Report on lock hospitals in British Burma
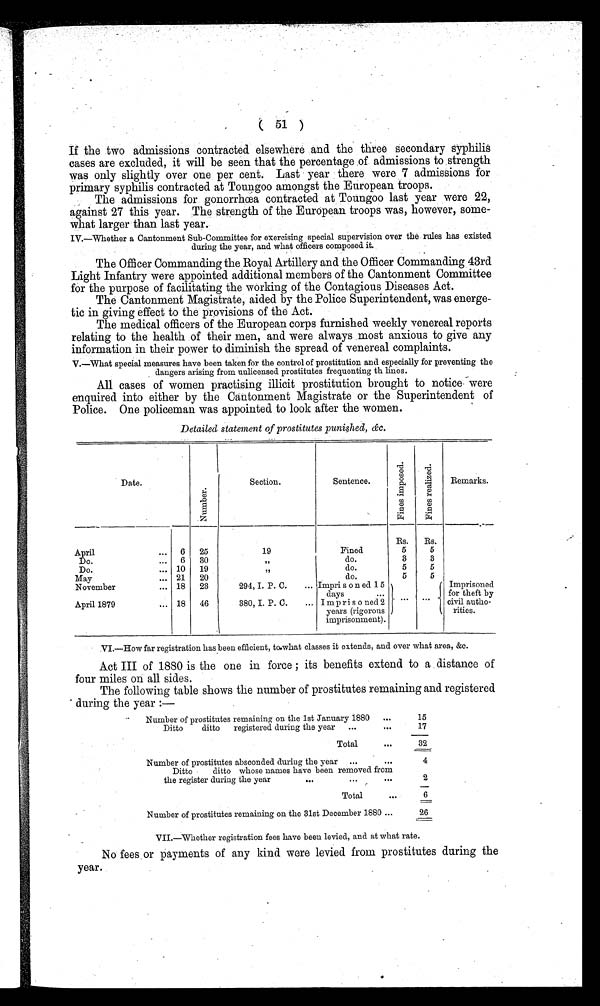
( 51 )
If the two admissions contracted elsewhere and the three secondary syphilis
cases are excluded, it will be seen that the percentage of admissions to strength
was only slightly over one per cent. Last year there were 7 admissions for
primary syphilis contracted at Toungoo amongst the European troops.
The admissions for gonorrhœa contracted at Toungoo last year were 22,
against 27 this year. The strength of the European troops was, however, some-
what larger than last year.
IV.—Whether a Cantonment Sub-Committee for exercising special supervision over the rules has existed
during the year, and what officers composed it.
The Officer Commanding the Royal Artillery and the Officer Commanding 43rd
Light Infantry were appointed additional members of the Cantonment Committee
for the purpose of facilitating the working of the Contagious Diseases Act.
The Cantonment Magistrate, aided by the Police Superintendent, was energe-
tic in giving effect to the provisions of the Act.
The medical officers of the European corps furnished weekly venereal reports
relating to the health of their men, and were always most anxious to give any
information in their power to diminish the spread of venereal complaints.
V.—What special measures have been taken for the control of prostitution and especially for preventing the
dangers arising from unlicensed prostitutes frequenting th lines.
All cases of women practising illicit prostitution brought to notice were
enquired into either by the Cantonment Magistrate or the Superintendent of
Police. One policeman was appointed to look after the women.
Detailed statement of prostitutes punished, &c.
Date.
N u m b e r .
Section.
Sentence.
F i n e s i m p o s e d .
F i n e s r e a l i z e d .
Remarks.
Rs.
Rs.
April
6
25
19
Fined
5
5
Do.
6
30
”
do.
3
3
Do.
10
19
”
do.
5
5
May
21
20
do.
5
5
November
18
23
294, I. P. C.
... Imprisoned. 15
days
. . .
. . .
Imprisoned
for theft by
civil autho-
rities.
April 1879
18
46
380, I. P. C.
... Impr i soned 2
years (rigorous
imprisonment).
VI.—How far registration has been efficient, to what classes it extends, and over what area, &c.
Act III of 1880 is the one in force ; its benefits extend to a distance of
four miles on all sides.
The following table shows the number of prostitutes remaining and registered
during the year :—
Number of prostitutes remaining on the 1st January 1880
...
15
Ditto
ditto
registered during the year
. . .
17
Total
. . .
32
Number of prostitutes absconded during the year
...
...
4
Ditto
ditto whose names have been removed from
the register during the year
. . .
...
. . .
2
Total
•••
6
Number of prostitutes remaining on the 31st December 1880 ...
26
VII.—Whether registration fees have been levied, and at what rate.
No fees or payments of any kind were levied from prostitutes during the
year.